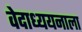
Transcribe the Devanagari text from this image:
वेदाध्ययनाला